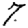
Digit: 7